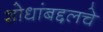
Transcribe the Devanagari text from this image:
शोधांबद्दलचे